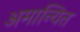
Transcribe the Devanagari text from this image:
अमान्यित